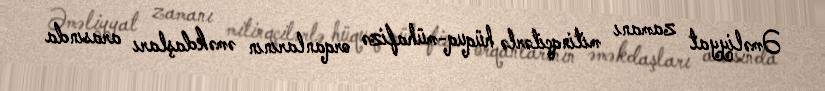
Əməliyyat zamanı mitinqçilərlə hüquq-mühafizə orqanlarının əməkdaşları arasında